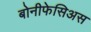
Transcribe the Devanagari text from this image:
बोनीफेसिअस